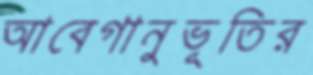
আবেগানুভূতির